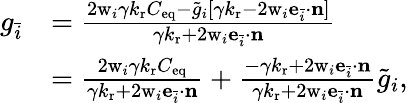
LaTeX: \begin{array}{rl}{g_{\bar{i}}}&{=\frac{2\mathrm{w}_{i}{\gamma k_{\mathrm{r}}C_{\mathrm{eq}}-\tilde{g}_{i}\left[{\gamma k_{\mathrm{r}}-2\mathrm{w}_{i}\mathbf{e}_{\bar{i}}\cdot\mathbf{n}}\right]}}{{\gamma k_{\mathrm{r}}+2\mathrm{w}_{i}\mathbf{e}_{\bar{i}}\cdot\mathbf{n}}}}\\ &{=\frac{2\mathrm{w}_{i}\gamma k_{\mathrm{r}}C_{\mathrm{eq}}}{\gamma k_{\mathrm{r}}+2\mathrm{w}_{i}\mathbf{e}_{\bar{i}}\cdot\mathbf{n}}+\frac{-\gamma k_{\mathrm{r}}+2\mathrm{w}_{i}\mathbf{e}_{\bar{i}}\cdot\mathbf{n}}{\gamma k_{\mathrm{r}}+2\mathrm{w}_{i}\mathbf{e}_{\bar{i}}\cdot\mathbf{n}}\tilde{g}_{i},}\end{array}